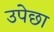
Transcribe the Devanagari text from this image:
उपेछा